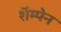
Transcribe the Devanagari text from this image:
शॅम्पेन